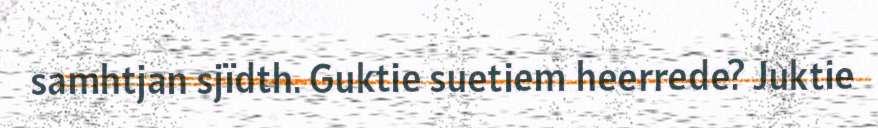
samhtjan sjïdth. Guktie suetiem heerrede? Juktie